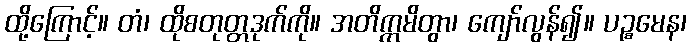
ထို့ကြောင့်။ တံ၊ ထိုစတုတ္တဒုက်ကို။ အတိက္ကမိတွာ၊ ကျော်လွန်၍။ ပဉ္စမေန၊